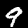
Label: 9